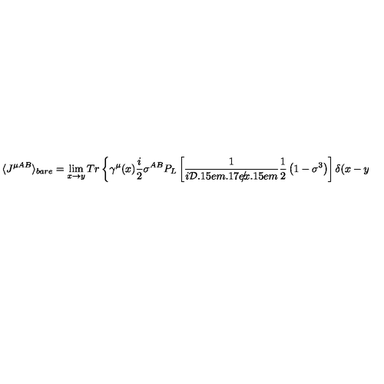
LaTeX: \langle J ^ { \mu A B } \rangle _ { b a r e } = \lim _ { x \rightarrow y } T r \left\{ \gamma ^ { \mu } ( x ) { \frac { i } { 2 } \sigma ^ { A B } } P _ { L } \left[ \frac { 1 } { i { { \cal D } \kern - 0 . 1 5 e m \raise 0 . 1 7 e x \llap { / } \kern 0 . 1 5 e m \relax } } \frac { 1 } { 2 } \left( 1 - \sigma ^ { 3 } \right) \right] \delta ( x - y ) \right\}